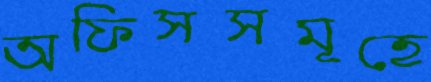
অফিসসমূহে